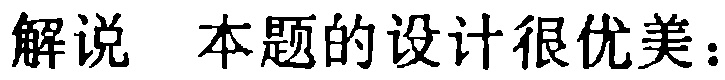
解说 本题的设计很优美：